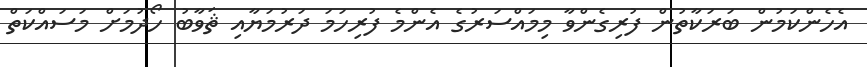
އެހެންކަމުން ބަރަކާތުން ފުރިގެންވާ މިމައްސަރުގެ އެންމެ ފުރިހަމަ ދަރުމަޔާއި ޘަވާބު ހޯދުމަށް މަސައްކަތް